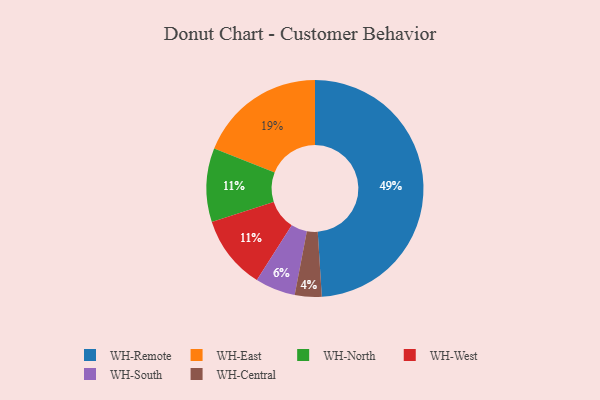
{"axis": {"x": "Category", "y": "Percentage"}, "legend": ["WH-Central", "WH-East", "WH-North", "WH-Remote", "WH-South", "WH-West"], "data": [{"x": "WH-Remote", "y": 49, "type": "WH-Remote"}, {"x": "WH-East", "y": 19, "type": "WH-East"}, {"x": "WH-North", "y": 11, "type": "WH-North"}, {"x": "WH-Central", "y": 4, "type": "WH-Central"}, {"x": "WH-West", "y": 11, "type": "WH-West"}, {"x": "WH-South", "y": 6, "type": "WH-South"}]}